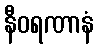
နီဝရဏာနံ